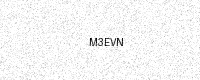
Text: M3EVN